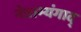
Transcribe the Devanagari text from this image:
नेत्राभ्यंगाद्